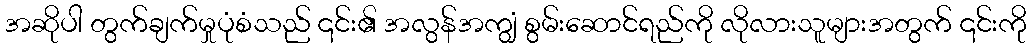
အဆိုပါ တွက်ချက်မှုပုံစံသည် ၎င်း၏ အလွန်အကျွံ စွမ်းဆောင်ရည်ကို လိုလားသူများအတွက် ၎င်းကို